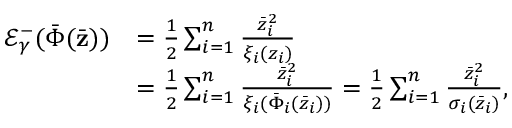
\begin{array} { r l } { \mathcal { E } _ { \gamma } ^ { - } ( \bar { \Phi } ( \bar { \mathbf { z } } ) ) } & { = \frac { 1 } { 2 } \sum _ { i = 1 } ^ { n } \frac { \bar { z } _ { i } ^ { 2 } } { \xi _ { i } ( z _ { i } ) } } \\ & { = \frac { 1 } { 2 } \sum _ { i = 1 } ^ { n } \frac { \bar { z } _ { i } ^ { 2 } } { \xi _ { i } ( \bar { \Phi } _ { i } ( \bar { z } _ { i } ) ) } = \frac { 1 } { 2 } \sum _ { i = 1 } ^ { n } \frac { \bar { z } _ { i } ^ { 2 } } { \sigma _ { i } ( \bar { z } _ { i } ) } , } \end{array}